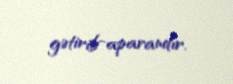
gətirib-aparandır.